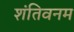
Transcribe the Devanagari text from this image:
शंतिवनम